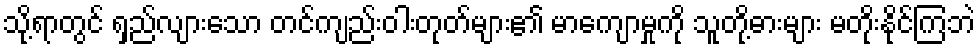
သို့ရာတွင် ရှည်လျားသော တင်ကျည်းဝါးတုတ်များ၏ မာကျောမှုကို သူတို့ဓားများ မတိုးနိုင်ကြဘဲ